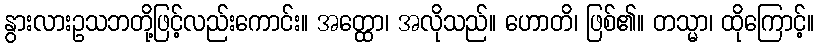
နွားလားဥသဘတို့ဖြင့်လည်းကောင်း။ အတ္ထော၊ အလိုသည်။ ဟောတိ၊ ဖြစ်၏။ တသ္မာ၊ ထိုကြောင့်။